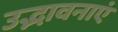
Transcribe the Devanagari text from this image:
उद्भावनाएं